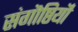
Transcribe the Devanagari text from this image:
संगॊष्ठियॊं